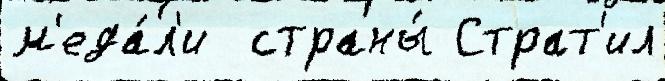
м'еда́л'и  страны́ Страт'ил